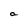
Character: a